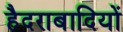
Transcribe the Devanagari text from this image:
हैदराबादियों